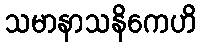
သမာနာသနိကေဟိ